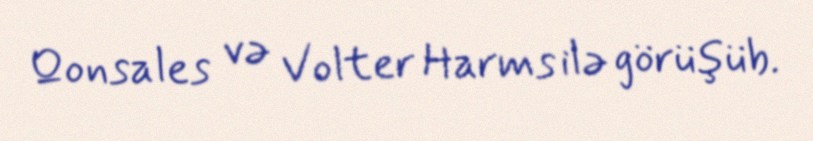
Qonsales və Volter Harms ilə görüşüb.